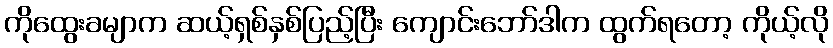
ကိုထွေးခမျာက ဆယ့်ရှစ်နှစ်ပြည့်ပြီး ကျောင်းဘော်ဒါက ထွက်ရတော့ ကိုယ့်လို